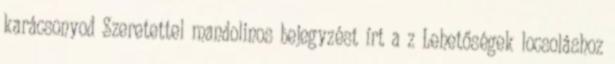
karácsonyod Szeretettel mandolinos bejegyzést írt a z Lehetőségek locsoláshoz